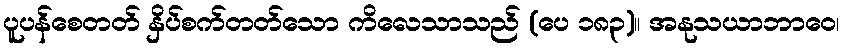
ပူပန်စေတတ် နှိပ်စက်တတ်သော ကိလေသာသည် (ပေ ၁၈၃)။ အနုသယာဘာဝေ၊